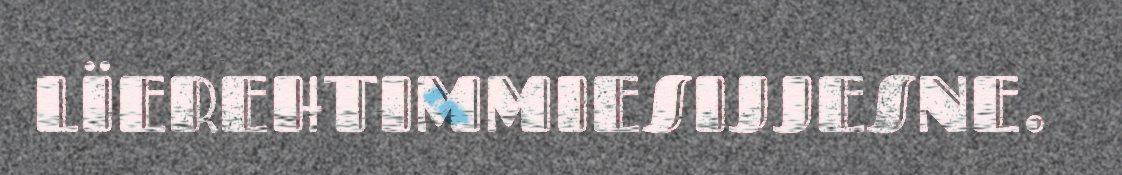
LÏEREHTIMMIESIJJESNE.